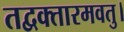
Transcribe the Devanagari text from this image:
तद्वक्तारमवतु।